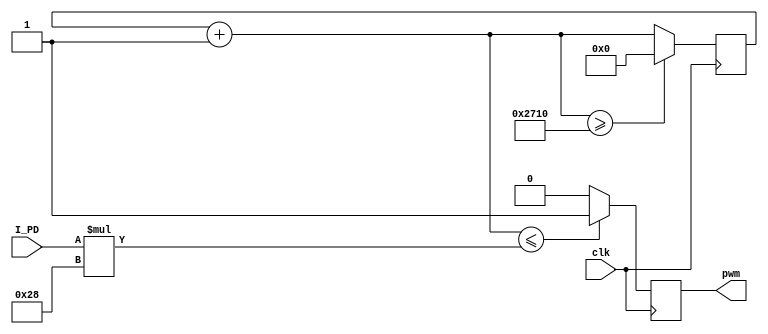
`timescale 1ns / 1ps
//////////////////////////////////////////////////////////////////////////////////
//	Laboratorio de Diseo Digital
// Proyecto de diseo #2
// Sumador del offset de entrada
// Diego Brenes Martnez
// Francisco Chacn Cambronero
//////////////////////////////////////////////////////////////////////////////////
module PWM
#(parameter TP=8, N_bit=14, sd=40) //El ancho de bits
(
input clk,
input [TP-1:0]I_PD,
//output salida_contador,
output pwm
  );
   
reg pwm_aux;
reg [N_bit-1:0] contador=0;

always @(posedge clk) 
	begin
		contador = contador+1'b1;
		
		if (contador <= I_PD*sd) 
			pwm_aux = 1; 
		else
			pwm_aux = 0;
		 
		if(contador >=  10000)
		   contador = 0;
	
	end


assign pwm = pwm_aux;
//assign salida_contador = contador;
endmodule